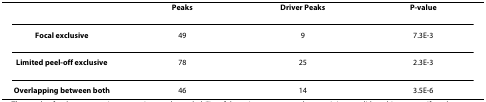
|  | Peaks | Driver Peaks | P-value |
 | --- | --- | --- | --- |
 | Focal exclusive | 49 | 9 | 7.3E-3 |
 | Limited peel-off exclusive | 78 | 25 | 2.3E-3 |
 | Overlapping between both | 46 | 14 | 3.5E-6 |